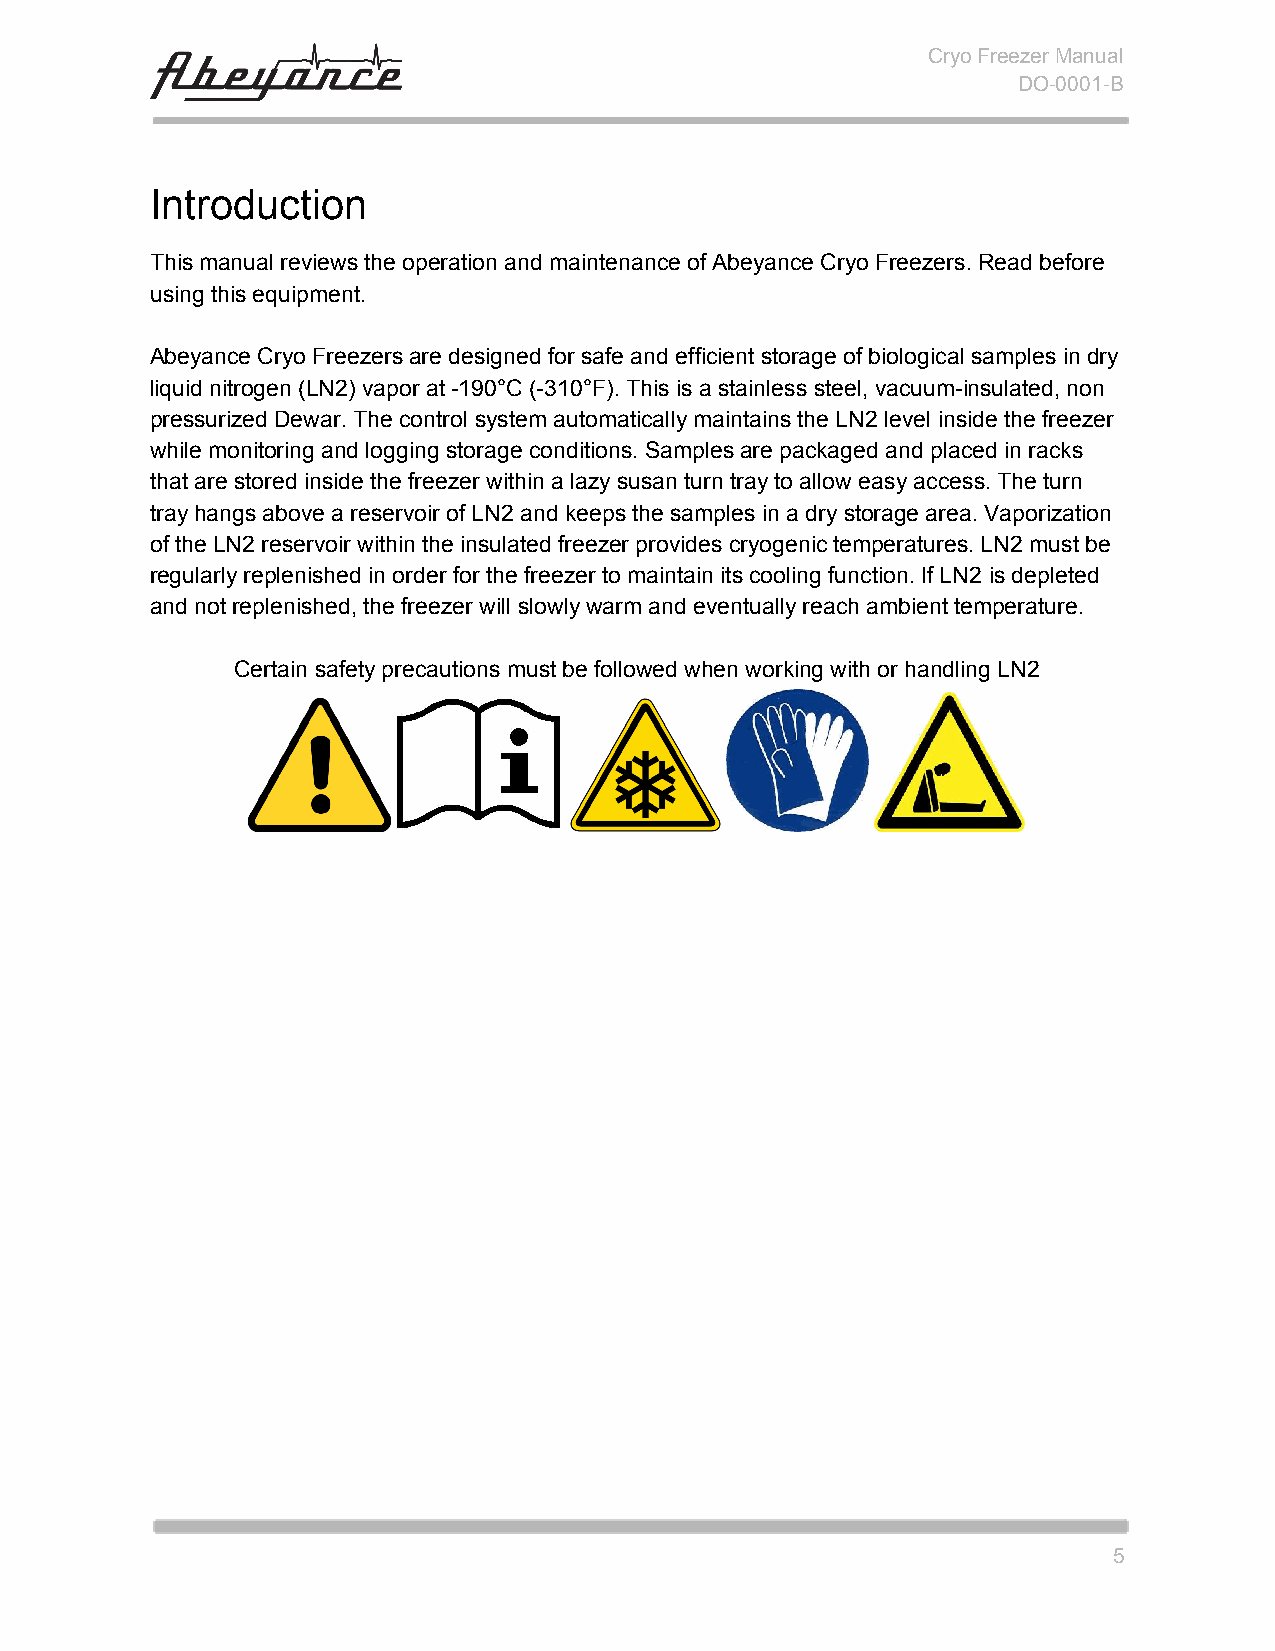
Cryo Freezer Manual
 DO-0001-B
 Introduction
 This manual reviews the operation and maintenance of Abeyance Cryo Freezers. Read before
 using this equipment.
 Abeyance Cryo Freezers are designed for safe and efficient storage of biological samples in dry
 liquid nitrogen (LN2) vapor at -190°C (-310°F). This is a stainless steel, vacuum-insulated, non
 pressurized Dewar. The control system automatically maintains the LN2 level inside the freezer
 while monitoring and logging storage conditions. Samples are packaged and placed in racks
 that are stored inside the freezer within a lazy susan turn tray to allow easy access. The turn
 tray hangs above a reservoir of LN2 and keeps the samples in a dry storage area. Vaporization
 of the LN2 reservoir within the insulated freezer provides cryogenic temperatures. LN2 must be
 regularly replenished in order for the freezer to maintain its cooling function. If LN2 is depleted
 and not replenished, the freezer will slowly warm and eventually reach ambient temperature.
 Certain safety precautions must be followed when working with or handling LN2
 5